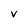
Character: v